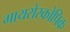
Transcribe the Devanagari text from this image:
गायरोस्कोपिक